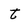
Character: t